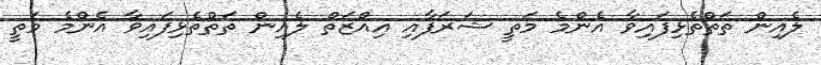
ލެއިން ތަތްތެޅިފައިވާ އެންމެ މަތީ ޝަރަފާއި އިއްޒަތް ލެއިން ތަތްތެޅިފައިވާ އެންމެ މަތީ